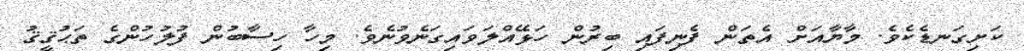
ކަށިގަނޑެކެވެ. މާޔާއަށް އެތަން ފެނިފައި ބިރުން ހަޅޭއްލަވައިގަނެވުނެވެ. މިހާ ހިސާބުން ފުލުހުންގެ ތަޙުޤީޤު